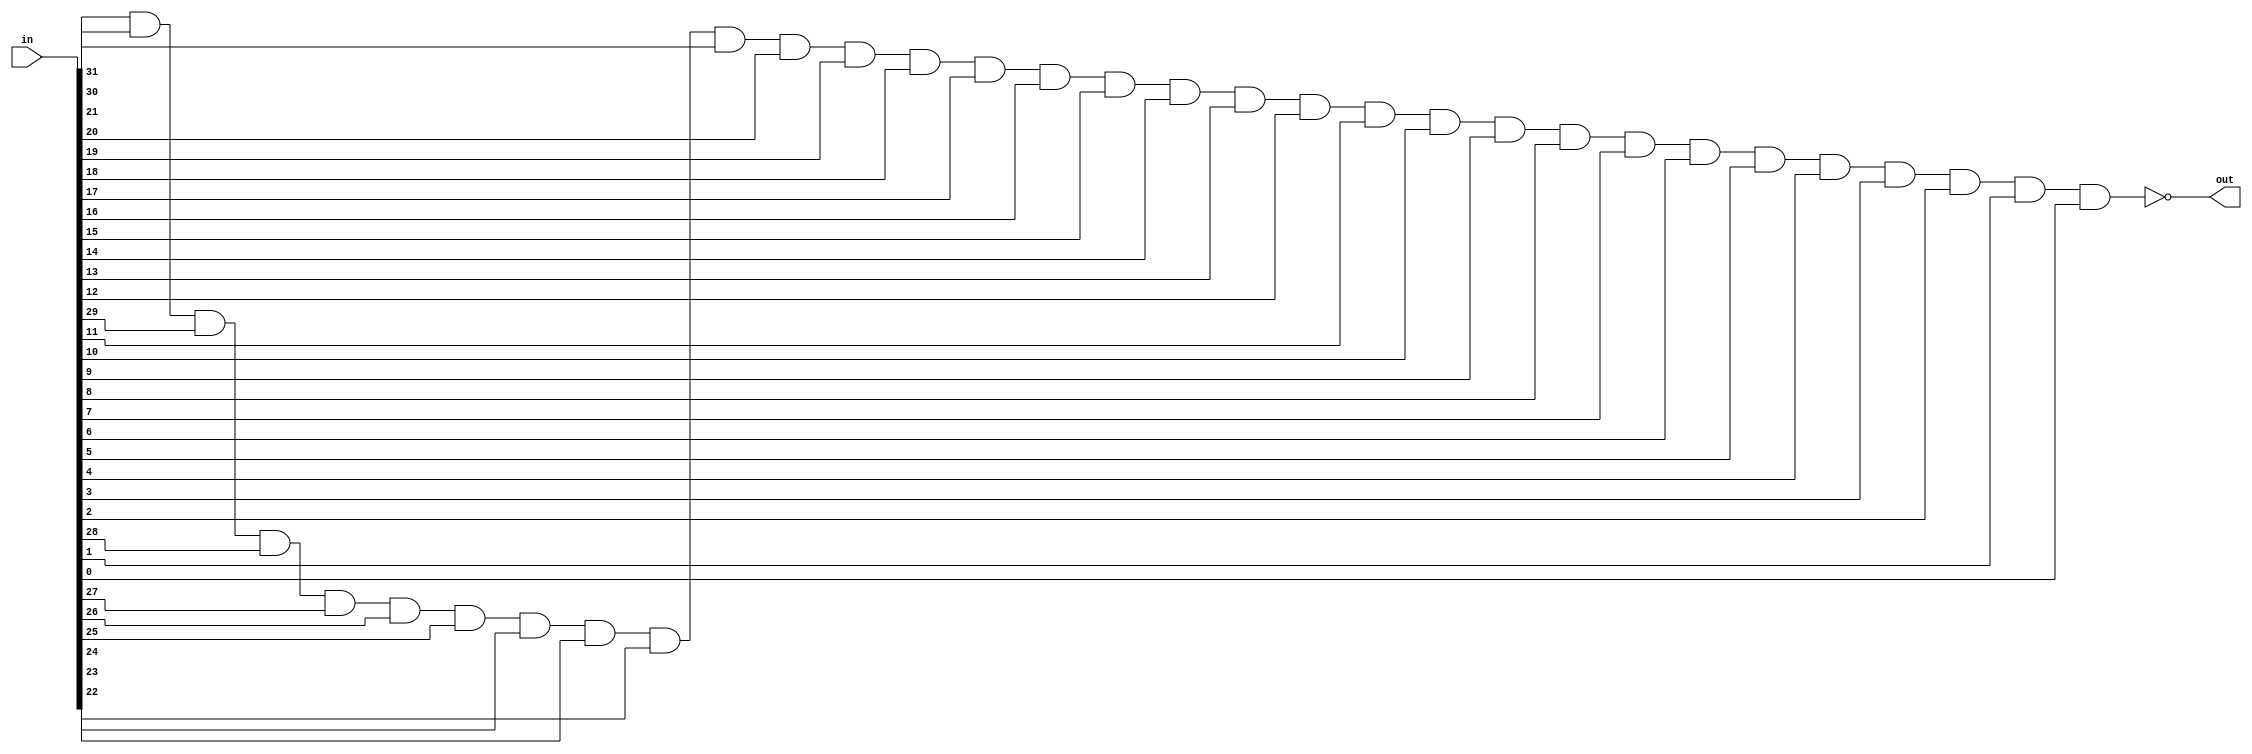
module nand32(out,in);

input [31:0] in;
output out;

nand n1(out,
in[31],
in[30],
in[29],
in[28],
in[27],
in[26],
in[25],
in[24],
in[23],
in[22],
in[21],
in[20],
in[19],
in[18],
in[17],
in[16],
in[15],
in[14],
in[13],
in[12],
in[11],
in[10],
in[9],
in[8],
in[7],
in[6],
in[5],
in[4],
in[3],
in[2],
in[1],
in[0]
);

endmodule